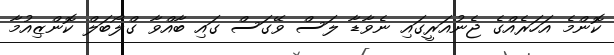
ކޮންމެ އަހަރެއްގެ ޖެނުއަރީގައި ނެވާޑާ ލަސް ވޭގަސް ގައި ބާއްވާ ގްލޯބަލް ކޮންޒިއުމާ